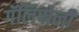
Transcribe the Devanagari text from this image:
गॅलिपोली